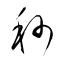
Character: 秒